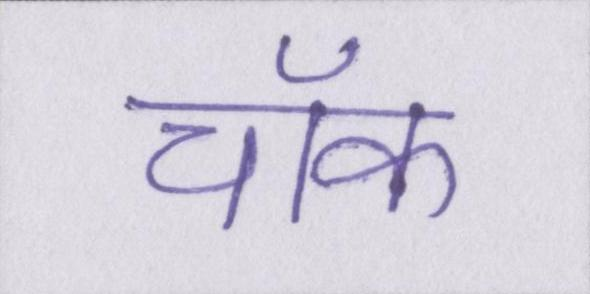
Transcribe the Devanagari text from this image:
चॉक